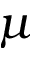
\mu